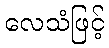
လေသံဖြင့်